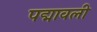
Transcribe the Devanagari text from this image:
पद्मावली